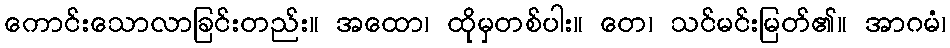
ကောင်းသောလာခြင်းတည်း။ အထော၊ ထိုမှတစ်ပါး။ တေ၊ သင်မင်းမြတ်၏။ အာဂမံ၊